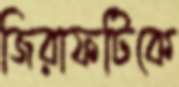
জিরাফটিকে